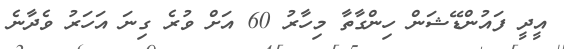
އީދީ ފައުންޑޭޝަން ހިންގާތާ މިހާރު 60 އަށް ވުރެ ގިނަ އަހަރު ވެދާނެ